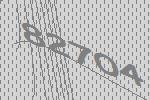
82704